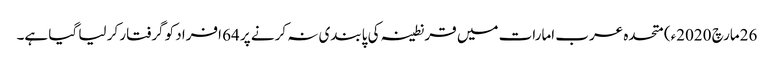
26مارچ 2020ء) متحدہ عرب امارات میں قرنطینہ کی پابندی نہ کرنے پر 64 افراد کو گرفتار کر لیا گیا ہے۔